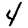
Digit: 4